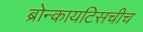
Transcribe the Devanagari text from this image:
ब्रोन्कायटिसचीच